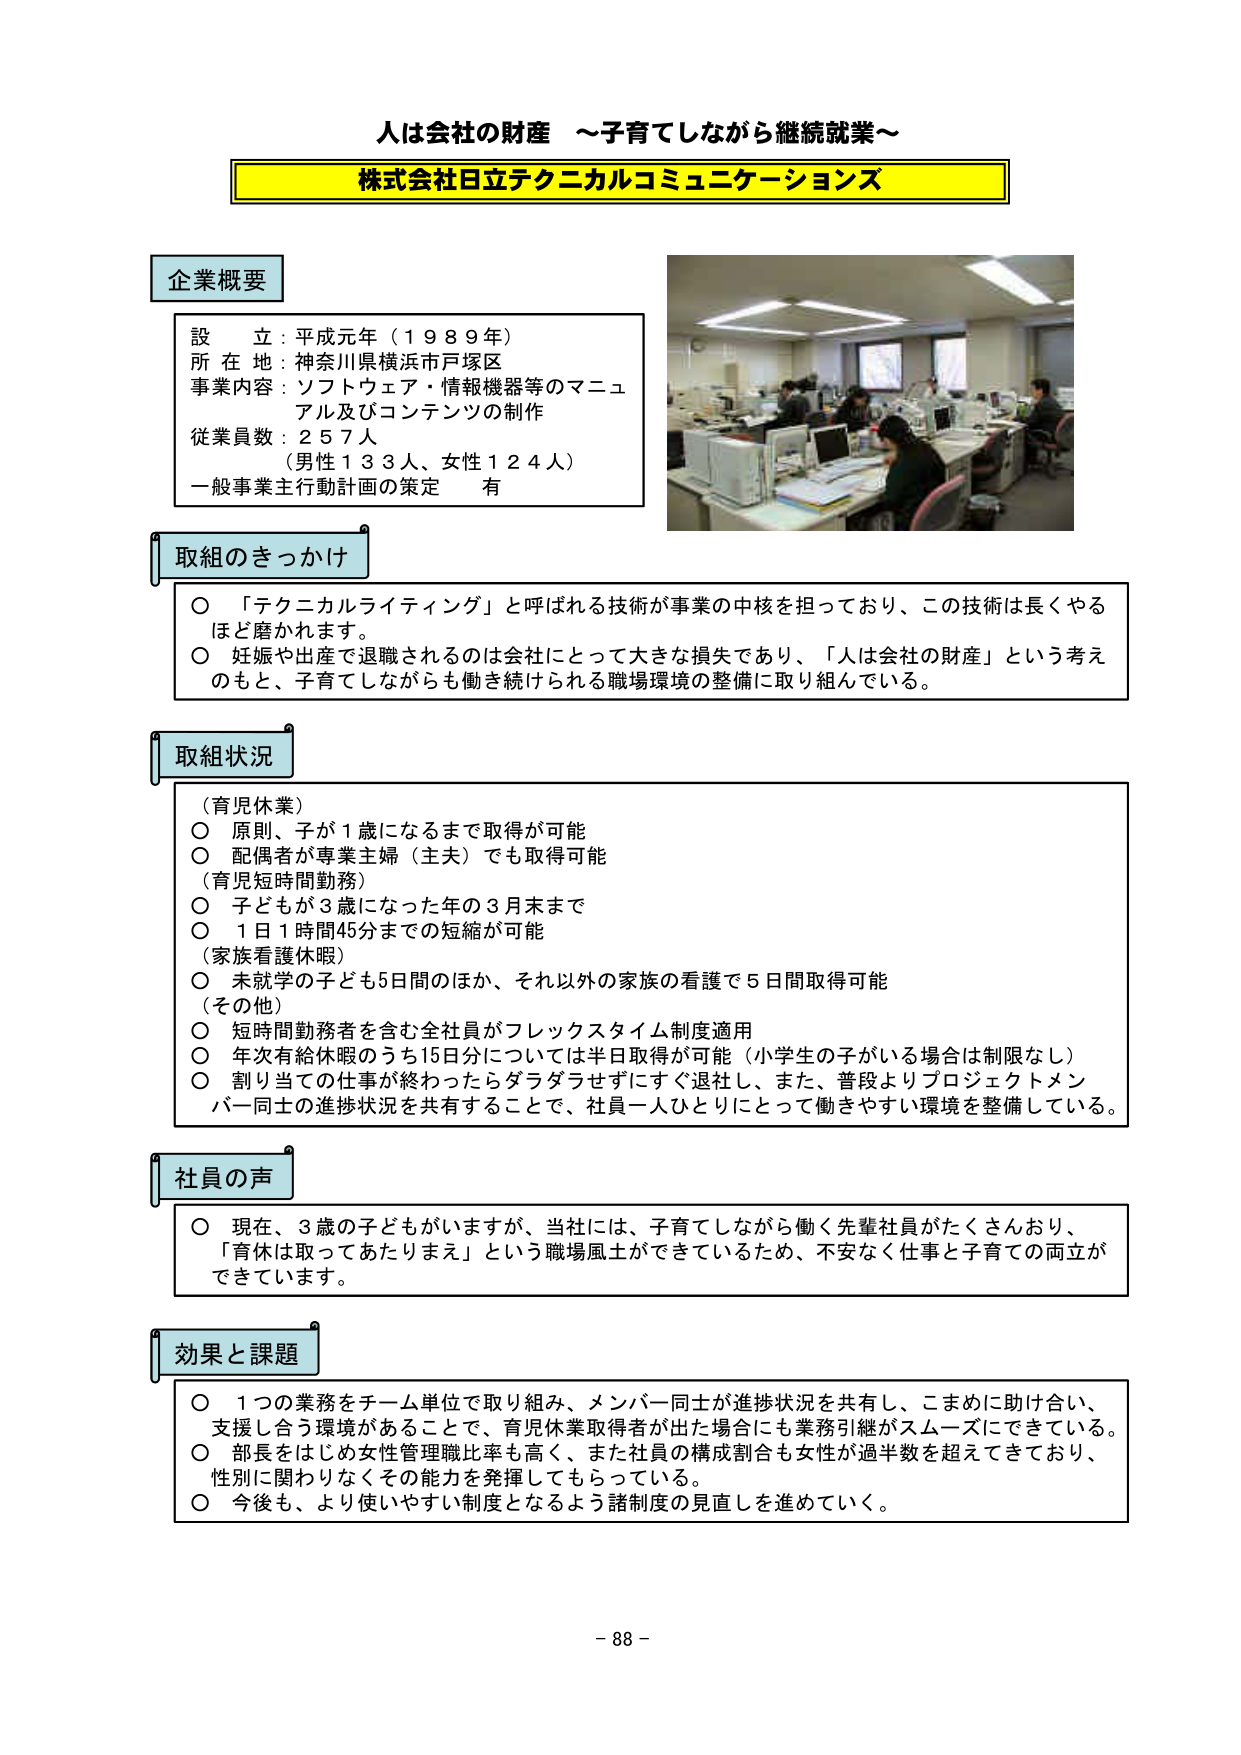
人は会社の財産 ～子育てしながら継続就業～

株式会社日立テクニカルコミュニケーションズ

企業概要
設立：平成元年（１９８９年）
所在地：神奈川県横浜市戸塚区
事業内容：ソフトウェア・情報機器等のマニュアル及びコンテンツの制作
従業員数：２５７人
（男性１３３人、女性１２４人）
一般事業主行動計画の策定 有

取組のきっかけ
○ 「テクニカルライティング」と呼ばれる技術が事業の中核を担っており、この技術は長くやるほど磨かれます。
○ 妊娠や出産で退職されるのは会社にとって大きな損失であり、「人は会社の財産」という考えのもと、子育てしながらも働き続けられる職場環境の整備に取り組んでいる。

取組状況
（育児休業）
○ 原則、子が１歳になるまで取得が可能
○ 配偶者が専業主婦（主夫）でも取得可能
（育児短時間勤務）
○ 子どもが３歳になった年の３月末まで
○ １日１時間45分までの短縮が可能
（家族看護休暇）
○ 未就学の子ども5日間のほか、それ以外の家族の看護で5日間取得可能
（その他）
○ 短時間勤務者を含む全社員がフレックスタイム制度適用
○ 年次有給休暇のうち15日分については半日取得が可能（小学生の子がいる場合は制限なし）
○ 割り当ての仕事が終わったらダラダラせずにすぐ退社し、また、普段よりプロジェクトメンバー同士の進捗状況を共有することで、社員一人ひとりにとって働きやすい環境を整備している。

社員の声
○ 現在、3歳の子どもがいますが、当社には、子育てしながら働く先輩社員がたくさんおり、「育休は取ってあたりまえ」という職場風土ができているため、不安なく仕事と子育ての両立ができています。

効果と課題
○ 1つの業務をチーム単位で取り組み、メンバー同士が進捗状況を共有し、こまめに助け合い、支援し合う環境があることで、育児休業取得者が出て場合にも業務引継がスムーズにできている。
○ 部長をはじめ女性管理職比率も高く、また社員の構成割合も女性が過半数を超えてきており、性別に関わりなくその能力を発揮してもらっている。
○ 今後も、より使いやすい制度となるよう諸制度の見直しを進めていく。

－ 88 －